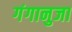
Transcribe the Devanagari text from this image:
गंगानुजा